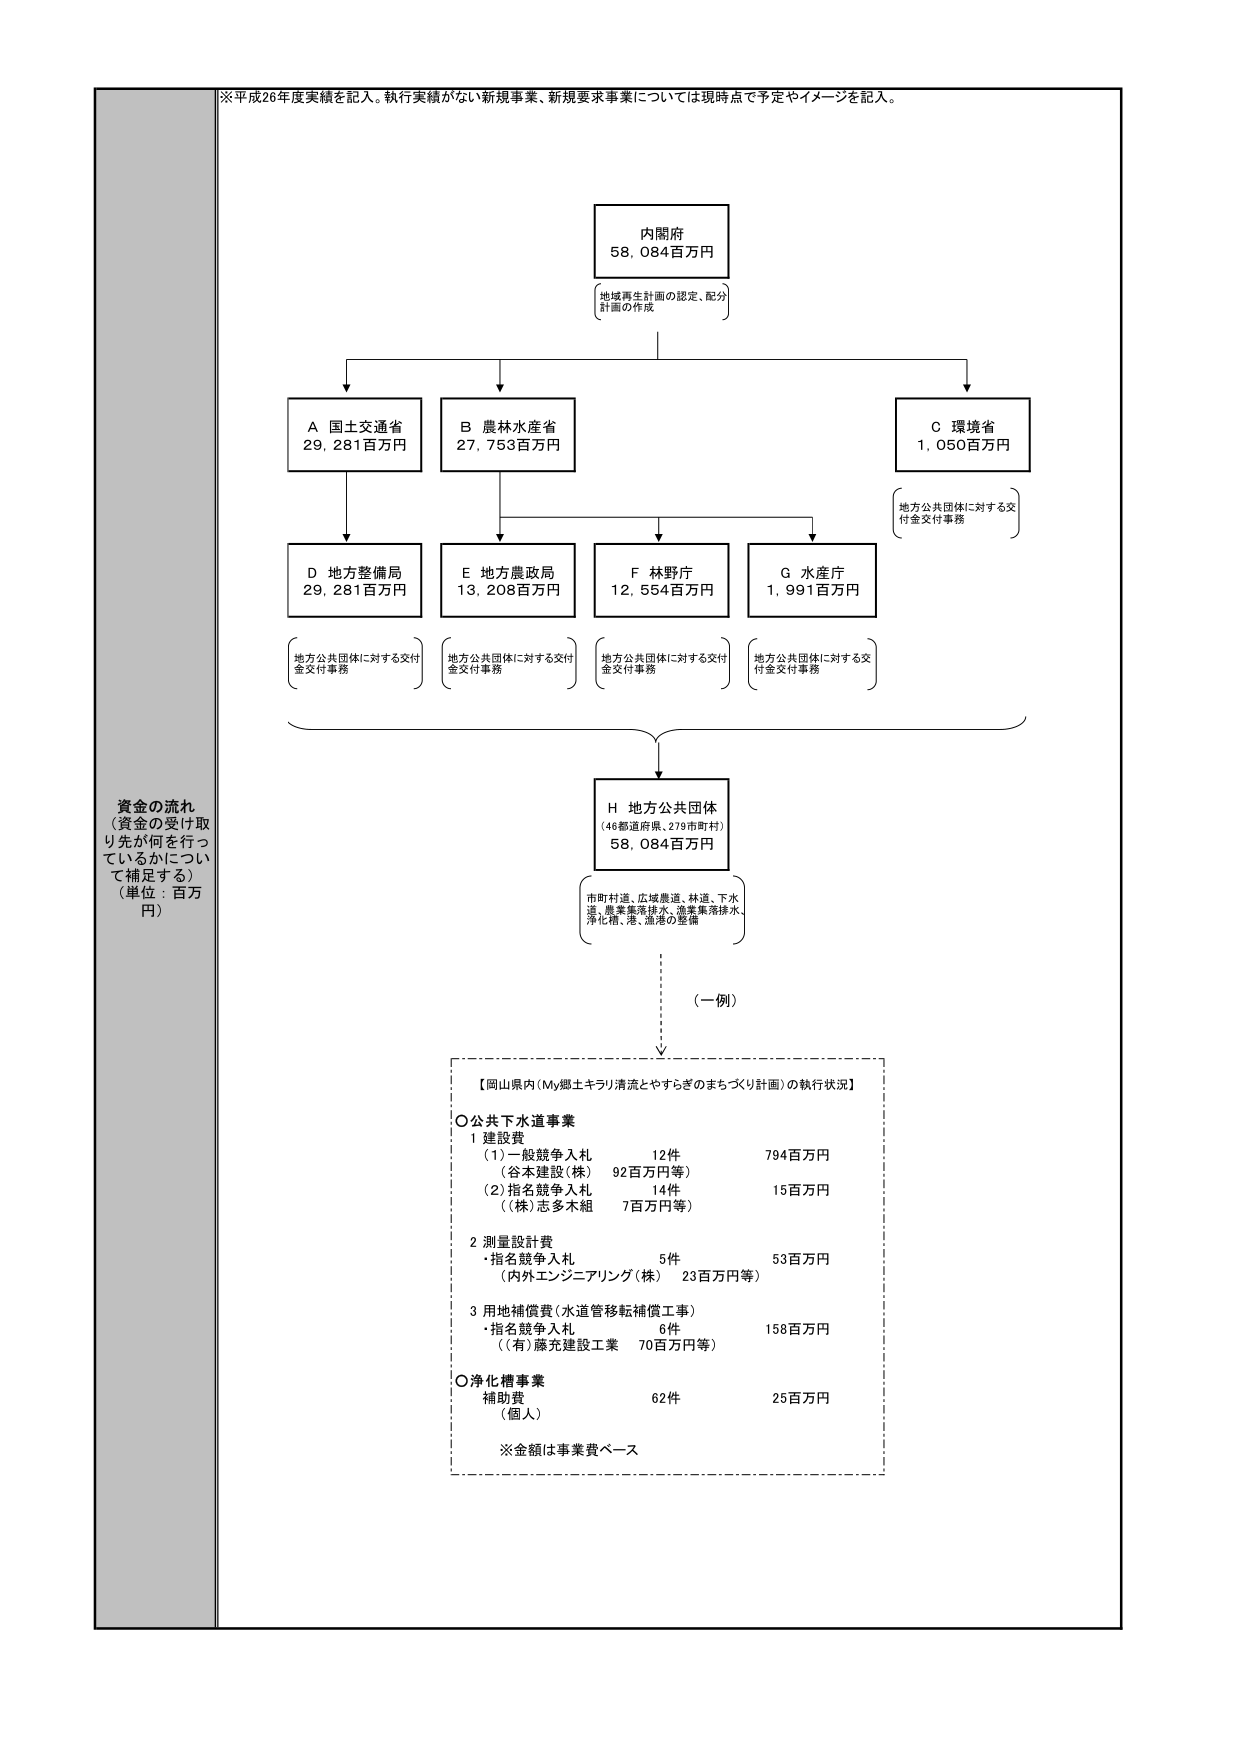
※平成26年度実績を記入。執行実績がない新規事業、新規要求事業については現時点で予定やイメージを記入。

資金の流れ
（資金の受け取り先が何を行っているかについて補足する）
（単位：百万円）

内閣府
58,084百万円
（地域再生計画の認定、配分計画の作成）

A 国土交通省
29,281百万円

B 農林水産省
27,753百万円

C 環境省
1,050百万円
（地方公共団体に対する交付金交付事務）

D 地方整備局
29,281百万円
（地方公共団体に対する交付金交付事務）

E 地方農政局
13,208百万円
（地方公共団体に対する交付金交付事務）

F 林野庁
12,554百万円
（地方公共団体に対する交付金交付事務）

G 水産庁
1,991百万円
（地方公共団体に対する交付金交付事務）

H 地方公共団体
（46都道府県、279市町村）
58,084百万円
（市町村道、広域農道、林道、下水道、農業集落排水、漁業集落排水、浄化槽、港、漁港の整備）

（一例）

【岡山県内（My郷土キラリ清流とやすらぎのまちづくり計画）の執行状況】

〇公共下水道事業
1 建設費
　（1）一般競争入札　12件　794百万円
　　（谷本建設（株）　92百万円等）
　（2）指名競争入札　14件　15百万円
　　（株）志多木組　7百万円等）

2 測量設計費
　・指名競争入札　5件　53百万円
　　（内外エンジニアリング（株）　23百万円等）

3 用地補償費（水道管移転補償工事）
　・指名競争入札　6件　158百万円
　　（（有）藤充建設工業　70百万円等）

〇浄化槽事業
　補助費　62件　25百万円
　　（個人）

※金額は事業費ベース